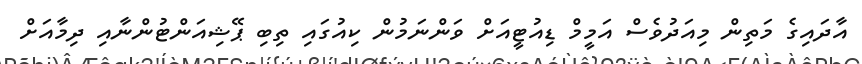
އާދައިގެ މަތިން މިއަދުވެސް އަމީމް ޑިއުޓީއަށް ވަންނަމުން ކިއުގައި ތިބި ޕޭޝިއަންޓުންނާއި ދިމާއަށް